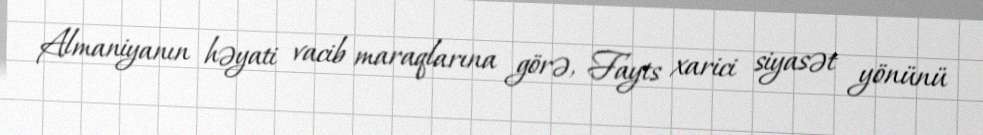
Almaniyanın həyati vacib maraqlarına görə, Fayts xarici siyasət yönünü